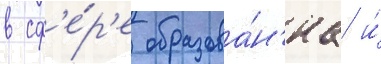
в сф'е́р'е образова́н'иа и́